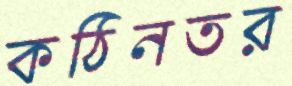
কঠিনতর